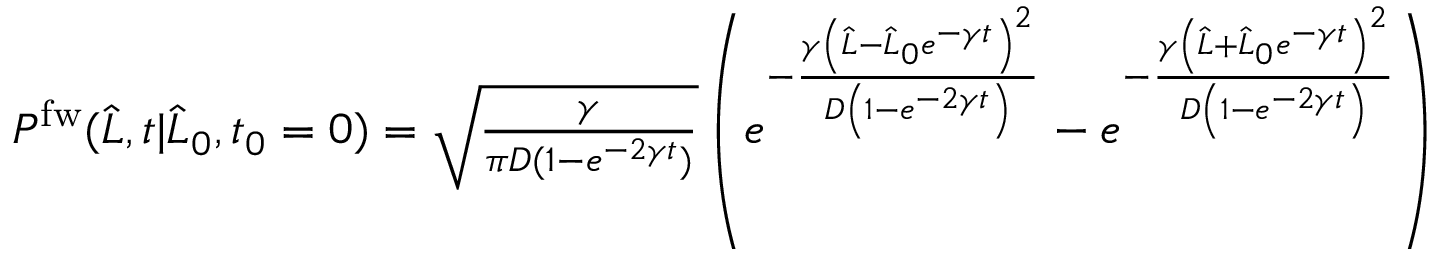
\begin{array} { r } { P ^ { \mathrm { f w } } ( \widehat { L } , t | \widehat { L } _ { 0 } , t _ { 0 } = 0 ) = \sqrt { \frac { \gamma } { \pi D ( 1 - e ^ { - 2 \gamma t } ) } } \left( e ^ { - \frac { \gamma \left( \widehat { L } - \widehat { L } _ { 0 } e ^ { - \gamma t } \right) ^ { 2 } } { D \left( 1 - e ^ { - 2 \gamma t } \right) } } - e ^ { - \frac { \gamma \left( \widehat { L } + \widehat { L } _ { 0 } e ^ { - \gamma t } \right) ^ { 2 } } { D \left( 1 - e ^ { - 2 \gamma t } \right) } } \right) } \end{array}